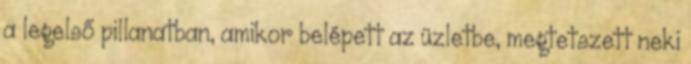
a legelső pillanatban, amikor belépett az üzletbe, megtetszett neki